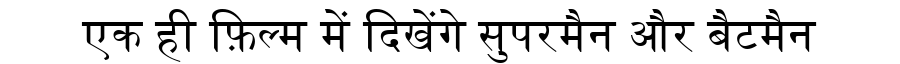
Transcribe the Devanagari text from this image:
एक ही फ़िल्म में दिखेंगे सुपरमैन और बैटमैन